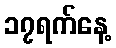
၁၇ရက်နေ့